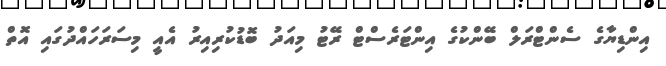
އިންޑިޔާގެ ސެންޓްރަލް ބޭންކުގެ އިންޓަރެސްޓް ރޭޓު މިއަދު ބޮޑުކުރިއިރު އެއީ މިސަރަހައްދުގައި އޮތް